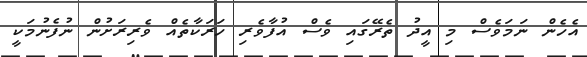
އެހެން ނަމަވެސް މި އީދު ތެރޭގައި ވެސް އުފާވެރި ހަރަކާތެއް ވެރިރަށުން ނުފެނުމަކީ